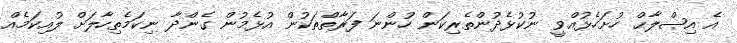
އެ އިޞްލާޙް ހުށަހެޅުއްވީ ނުކުޅެދުންތެރިކަން ހުންނަ ފަރާތްތަކުން އުޅެމުން ގެންދާ ނިކަމެތިހާލަށް ލުއިކަމެއް